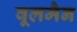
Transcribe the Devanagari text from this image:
वूलमैन